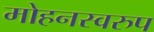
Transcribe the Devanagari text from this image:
मोहनस्वरुप